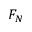
F _ { N }